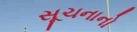
સૂચનાનો